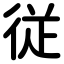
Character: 従